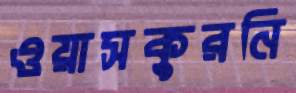
ওয়াসকুরনি